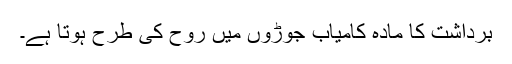
برداشت کا مادہ کامیاب جوڑوں میں روح کی طرح ہوتا ہے۔